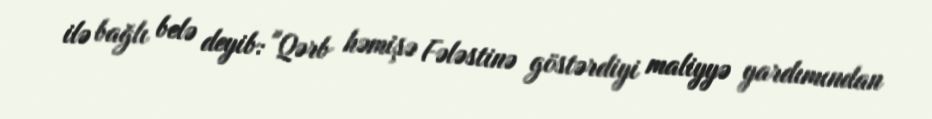
ilə bağlı belə deyib: "Qərb həmişə Fələstinə göstərdiyi maliyyə yardımından